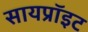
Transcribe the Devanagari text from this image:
सायप्रॉइट